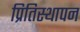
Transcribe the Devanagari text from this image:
प्रितिस्थापन